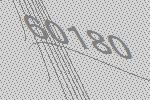
60180